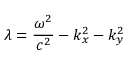
\lambda = \frac { \omega ^ { 2 } } { c ^ { 2 } } - k _ { x } ^ { 2 } - k _ { y } ^ { 2 }